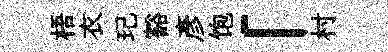
梧衣玘豁彦饱「村